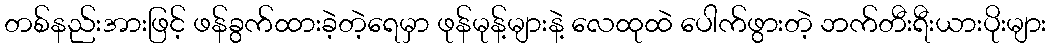
တစ်နည်းအားဖြင့် ဖန်ခွက်ထားခဲ့တဲ့ရေမှာ ဖုန်မုန့်များနဲ့ လေထုထဲ ပေါက်ဖွားတဲ့ ဘက်တီးရီးယားပိုးများ